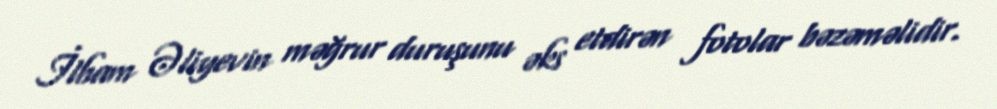
İlham Əliyevin məğrur duruşunu əks etdirən fotolar bəzəməlidir.